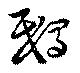
鴟